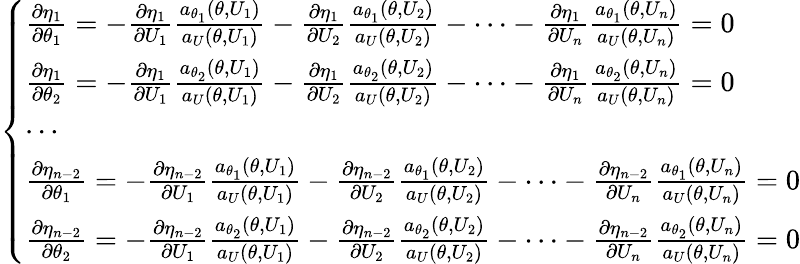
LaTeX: \left\{ \begin{array}{ll}{\frac{\partial\eta_{1}}{\partial\theta_{1}}=-\frac{\partial\eta_{1}}{\partial U_{1}}\frac{a_{\theta_{1}}(\theta,U_{1})}{a_{U}(\theta,U_{1})}-\frac{\partial\eta_{1}}{\partial U_{2}}\frac{a_{\theta_{1}}(\theta,U_{2})}{a_{U}(\theta,U_{2})}-\cdots-\frac{\partial\eta_{1}}{\partial U_{n}}\frac{a_{\theta_{1}}(\theta,U_{n})}{a_{U}(\theta,U_{n})}=0}\\ {\frac{\partial\eta_{1}}{\partial\theta_{2}}=-\frac{\partial\eta_{1}}{\partial U_{1}}\frac{a_{\theta_{2}}(\theta,U_{1})}{a_{U}(\theta,U_{1})}-\frac{\partial\eta_{1}}{\partial U_{2}}\frac{a_{\theta_{2}}(\theta,U_{2})}{a_{U}(\theta,U_{2})}-\cdots-\frac{\partial\eta_{1}}{\partial U_{n}}\frac{a_{\theta_{2}}(\theta,U_{n})}{a_{U}(\theta,U_{n})}=0}\\ {\cdots}\\ {\frac{\partial\eta_{n-2}}{\partial\theta_{1}}=-\frac{\partial\eta_{n-2}}{\partial U_{1}}\frac{a_{\theta_{1}}(\theta,U_{1})}{a_{U}(\theta,U_{1})}-\frac{\partial\eta_{n-2}}{\partial U_{2}}\frac{a_{\theta_{1}}(\theta,U_{2})}{a_{U}(\theta,U_{2})}-\cdots-\frac{\partial\eta_{n-2}}{\partial U_{n}}\frac{a_{\theta_{1}}(\theta,U_{n})}{a_{U}(\theta,U_{n})}=0}\\ {\frac{\partial\eta_{n-2}}{\partial\theta_{2}}=-\frac{\partial\eta_{n-2}}{\partial U_{1}}\frac{a_{\theta_{2}}(\theta,U_{1})}{a_{U}(\theta,U_{1})}-\frac{\partial\eta_{n-2}}{\partial U_{2}}\frac{a_{\theta_{2}}(\theta,U_{2})}{a_{U}(\theta,U_{2})}-\cdots-\frac{\partial\eta_{n-2}}{\partial U_{n}}\frac{a_{\theta_{2}}(\theta,U_{n})}{a_{U}(\theta,U_{n})}=0}\end{array}\right.